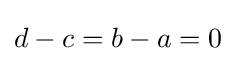
d-c=b-a=0